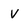
Character: V